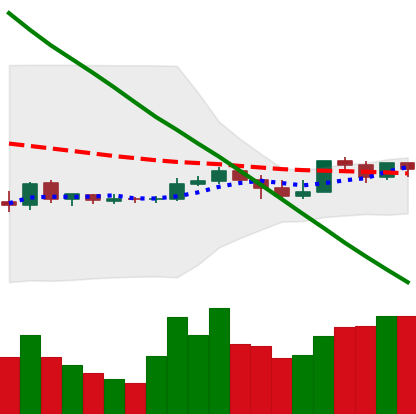
Ticker: XLM-USD
Chart end date: 2019-10-18
Forward return: -5.859%
Label: down_5_7